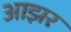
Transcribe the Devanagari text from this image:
आझर